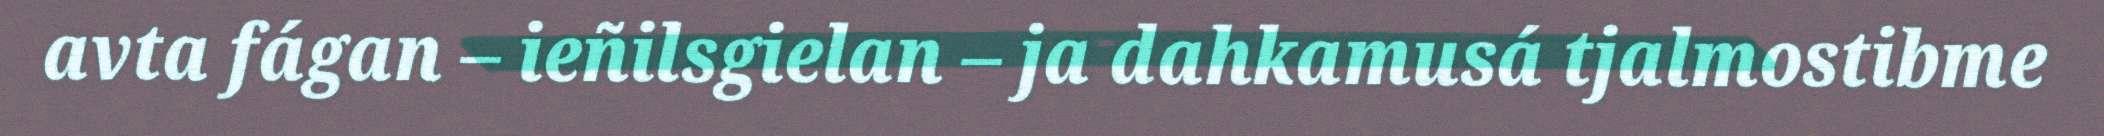
avta fágan – ieñilsgielan – ja dahkamusá tjalmostibme